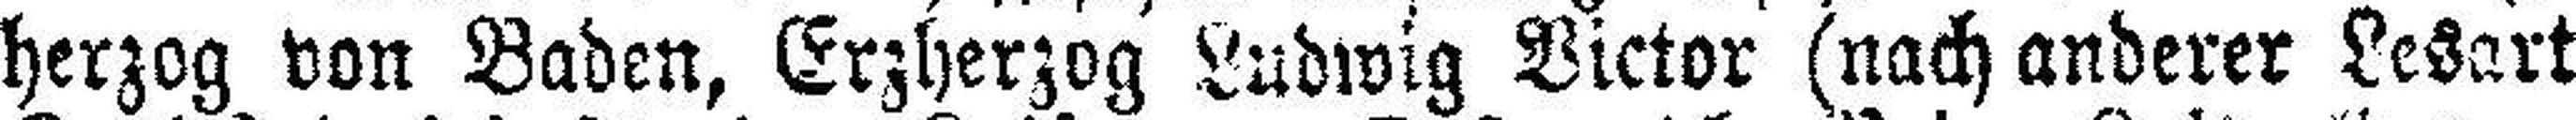
herzog von Baden, Erzherzog Ludwig Victor (nach anderer Lesart